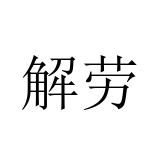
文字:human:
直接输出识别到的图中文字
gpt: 解劳